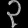
Digit: ၃